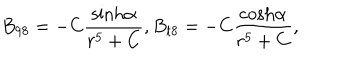
LaTeX: B _ { 9 8 } = - C { \frac { \mathrm { s i n h } \alpha } { r ^ { 5 } + C } } , B _ { t 8 } = - C { \frac { \mathrm { c o s h } \alpha } { r ^ { 5 } + C } } ,